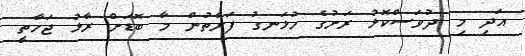
އަދި މި ދުވަސްކޮޅު ރަށުގެ ހުޅަނގު ފަރާތުން މާ ބޮޑަށް ރާޅު ޖަހާތީ